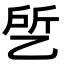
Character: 乺